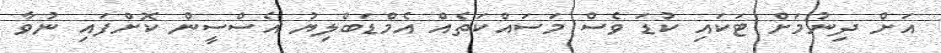
އަށް ދިނުމަށް ޓަކައި ކުޑަ ވެސް މަސައްކަތެއް އެމްޑަބްލިޔު އެސްސީން ކޮށްފައި ނުވާ